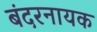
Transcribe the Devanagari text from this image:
बंदरनायक